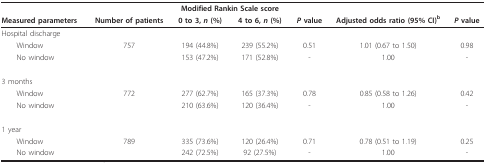
<table><thead><tr><td></td><td></td><td colspan="2"><b>Modified Rankin Scale score</b></td><td></td><td></td><td></td></tr><tr><td><b>Measured parameters</b></td><td><b>Number of patients</b></td><td><b>0 to 3, <i>n </i>(%)</b></td><td><b>4 to 6, <i>n </i>(%)</b></td><td><b><i>P </i>value</b></td><td><b>Adjusted odds ratio (95% CI)<sup>b</sup></b></td><td><b><i>P </i>value</b></td></tr></thead><tbody><tr><td>Hospital discharge</td><td></td><td></td><td></td><td></td><td></td><td></td></tr><tr><td> Window</td><td>757</td><td>194 (44.8%)</td><td>239 (55.2%)</td><td>0.51</td><td>1.01 (0.67 to 1.50)</td><td>0.98</td></tr><tr><td> No window</td><td></td><td>153 (47.2%)</td><td>171 (52.8%)</td><td>-</td><td>1.00</td><td>-</td></tr><tr><td>3 months</td><td></td><td></td><td></td><td></td><td></td><td></td></tr><tr><td> Window</td><td>772</td><td>277 (62.7%)</td><td>165 (37.3%)</td><td>0.78</td><td>0.85 (0.58 to 1.26)</td><td>0.42</td></tr><tr><td> No window</td><td></td><td>210 (63.6%)</td><td>120 (36.4%)</td><td>-</td><td>1.00</td><td>-</td></tr><tr><td>1 year</td><td></td><td></td><td></td><td></td><td></td><td></td></tr><tr><td> Window</td><td>789</td><td>335 (73.6%)</td><td>120 (26.4%)</td><td>0.71</td><td>0.78 (0.51 to 1.19)</td><td>0.25</td></tr><tr><td> No window</td><td></td><td>242 (72.5%)</td><td>92 (27.5%)</td><td>-</td><td>1.00</td><td>-</td></tr></tbody></table>